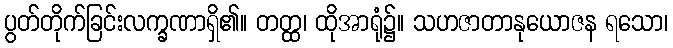
ပွတ်တိုက်ခြင်းလက္ခဏာရှိ၏။ တတ္ထ၊ ထိုအာရုံ၌။ သဟဇာတာနုယောဇန ရသော၊